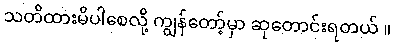
သတိထားမိပါစေလို့ ကျွန်တော့်မှာ ဆုတောင်းရတယ် ။